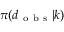
\pi ( \boldsymbol { d } _ { \mathrm { ~ o ~ b ~ s ~ } } | \boldsymbol { k } )